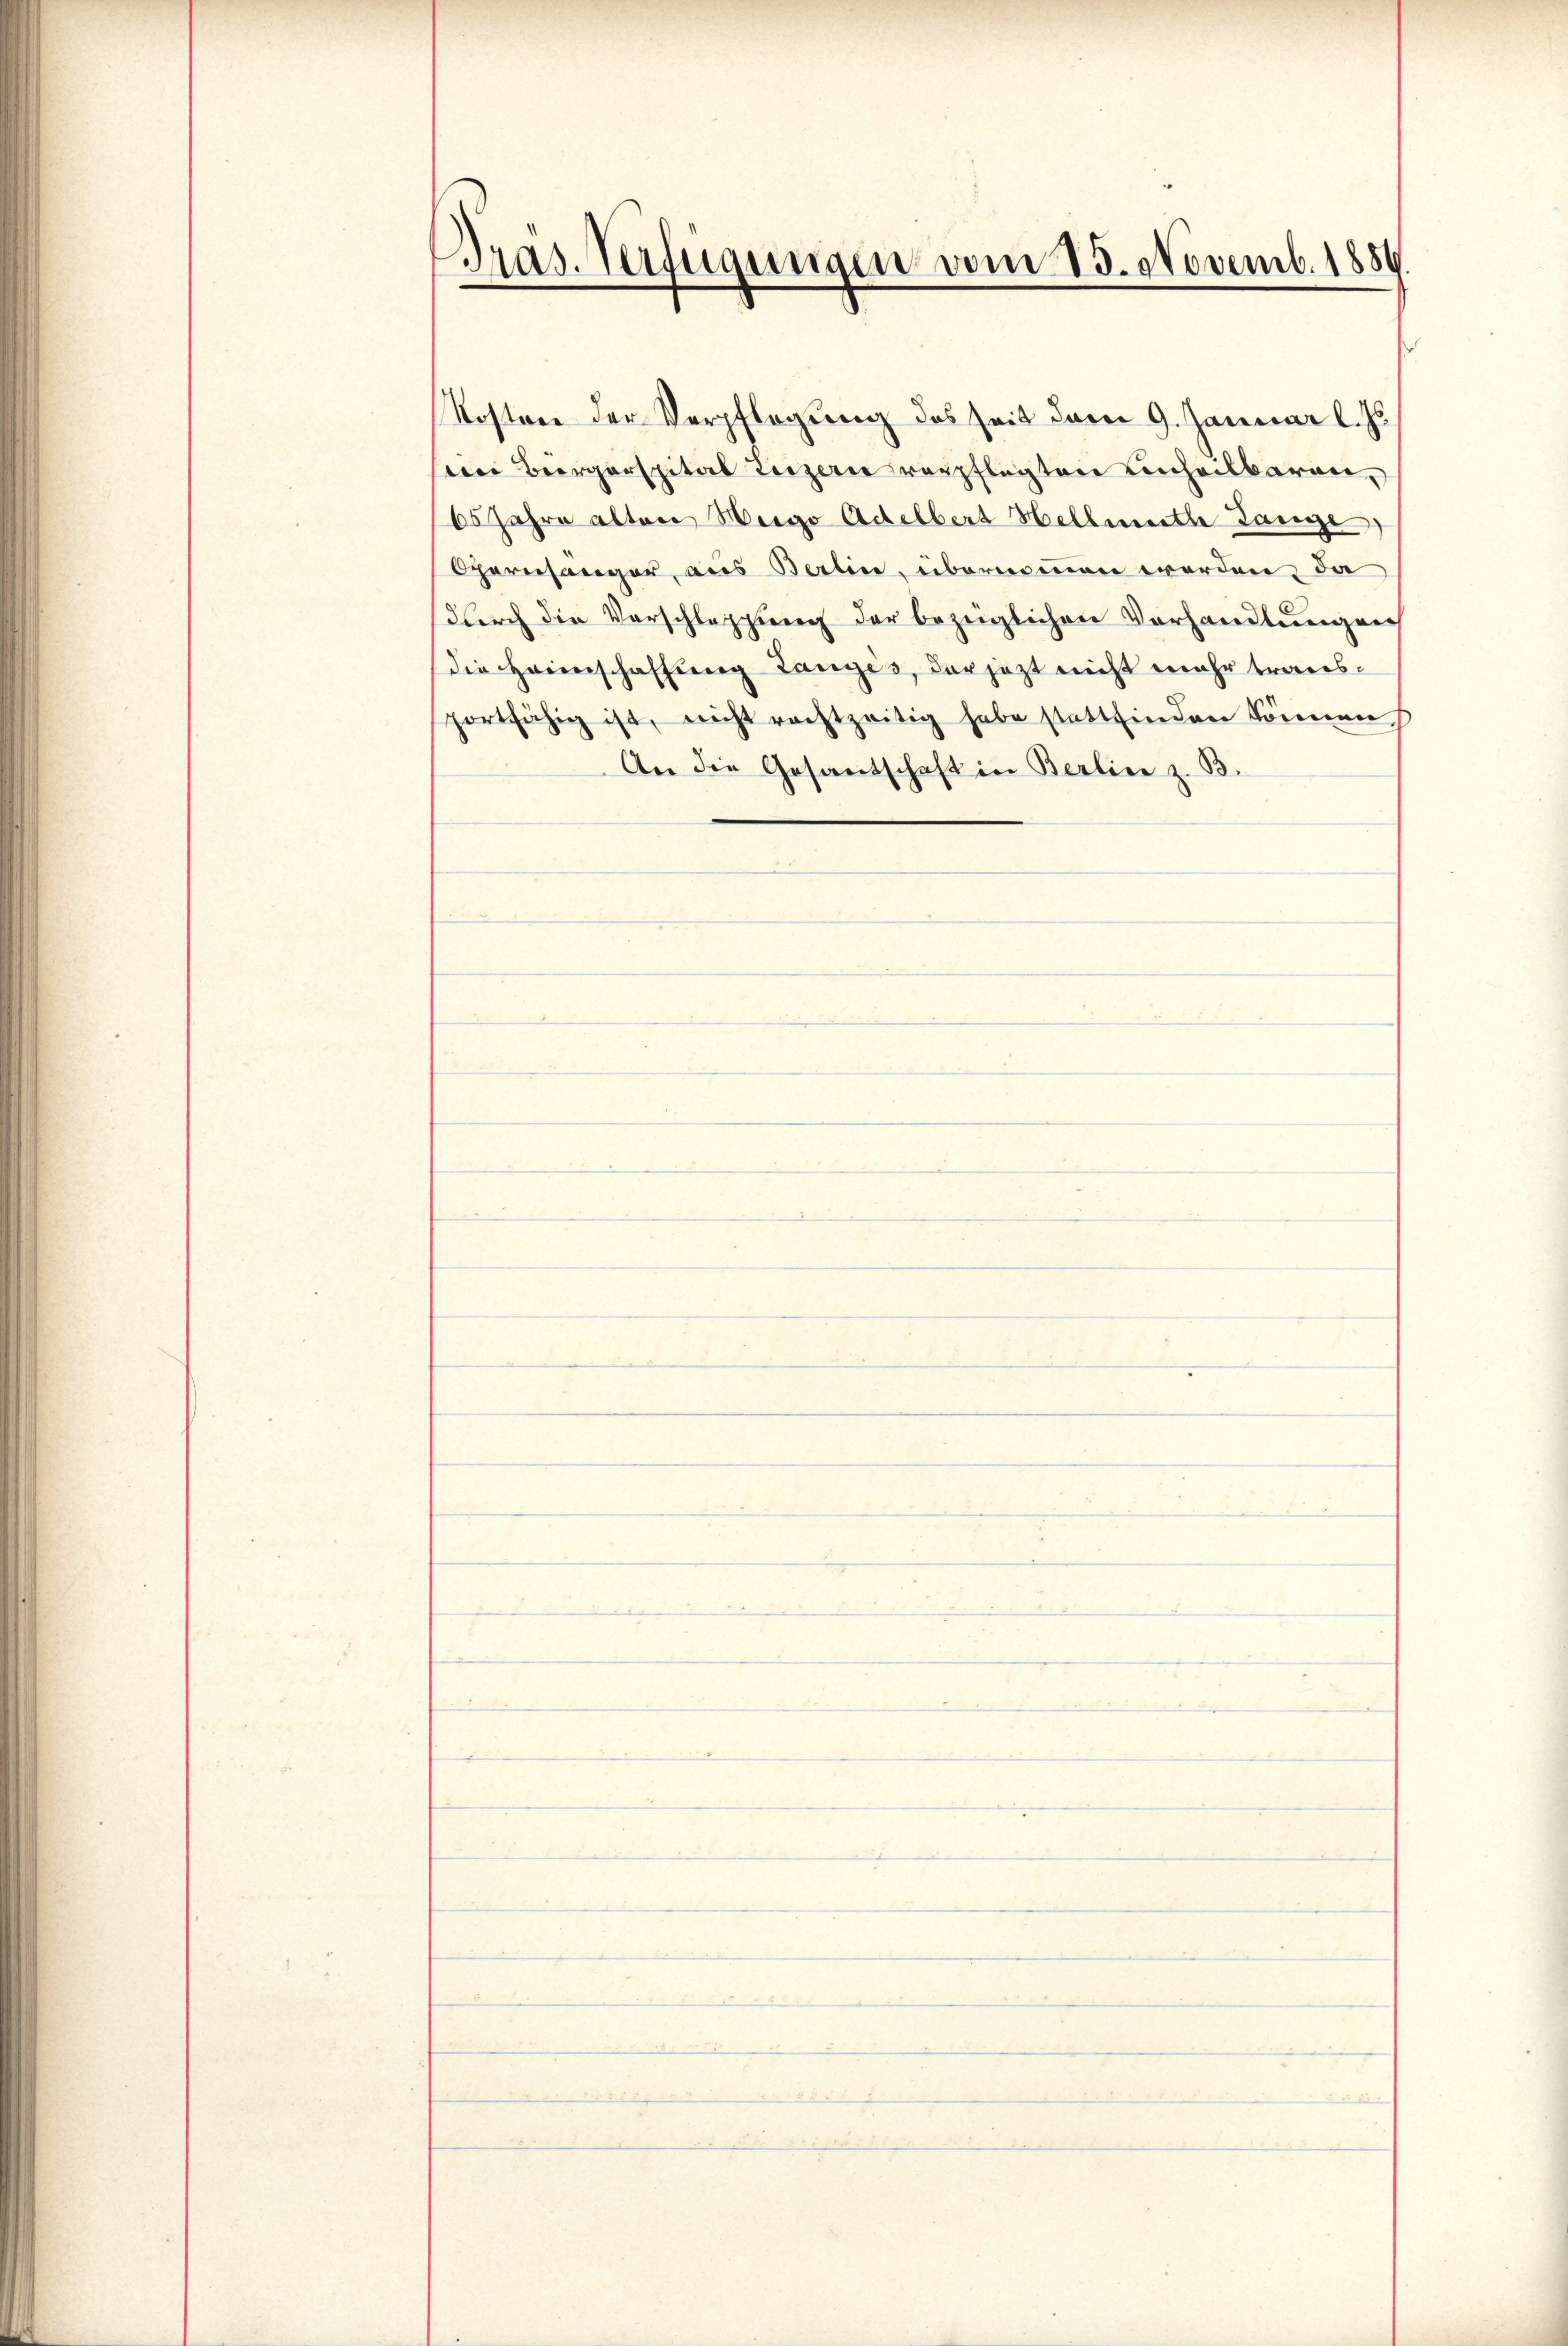
Gras. Verfügungen vom 15. Novemb. 1884

Kosten der Verpflegung des seit dem 9. Januar l. Js.
wei Bürgerspital Luzern verpflegten Einheilbaren,
65 Jahre alten Weige Adelbert Hellmuth Lange
Opernsänger, aus Berlin, übernommen werden, da
durch die Vorschleppung der bezeiglichen Vorhandlungen
die Heimschaffung Langes, der jetzt nicht mehr transportfähig ist, nicht rechtzeitig habe stattfinden können
An die Gesandschaft in Berlin z. B.